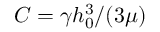
C = \gamma h _ { 0 } ^ { 3 } / ( 3 \mu )